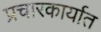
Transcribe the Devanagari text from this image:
प्रचारकार्यात